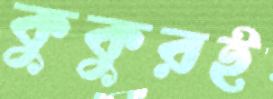
কুকুরই